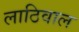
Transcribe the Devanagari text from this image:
लाठिवाल